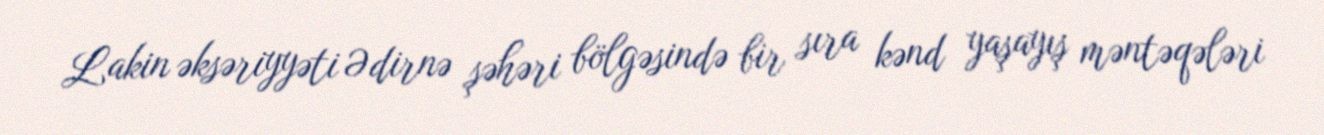
Lakin əksəriyyəti Ədirnə şəhəri bölgəsində bir sıra kənd yaşayış məntəqələri